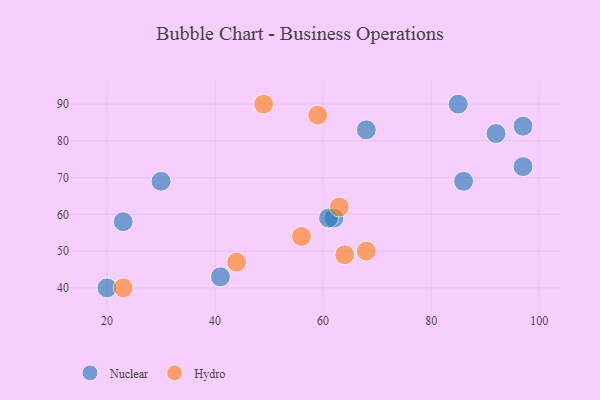
{"axis": {"x": "GDP", "y": "Life Expectancy"}, "legend": ["Hydro", "Nuclear"], "data": [{"x": "92", "y": 82, "type": "Nuclear"}, {"x": "20", "y": 40, "type": "Nuclear"}, {"x": "23", "y": 58, "type": "Nuclear"}, {"x": "41", "y": 43, "type": "Nuclear"}, {"x": "62", "y": 59, "type": "Nuclear"}, {"x": "30", "y": 69, "type": "Nuclear"}, {"x": "97", "y": 73, "type": "Nuclear"}, {"x": "61", "y": 59, "type": "Nuclear"}, {"x": "85", "y": 90, "type": "Nuclear"}, {"x": "97", "y": 84, "type": "Nuclear"}, {"x": "86", "y": 69, "type": "Nuclear"}, {"x": "68", "y": 83, "type": "Nuclear"}, {"x": "63", "y": 62, "type": "Hydro"}, {"x": "59", "y": 87, "type": "Hydro"}, {"x": "64", "y": 49, "type": "Hydro"}, {"x": "56", "y": 54, "type": "Hydro"}, {"x": "49", "y": 90, "type": "Hydro"}, {"x": "44", "y": 47, "type": "Hydro"}, {"x": "68", "y": 50, "type": "Hydro"}, {"x": "23", "y": 40, "type": "Hydro"}]}